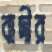
বাদীর